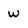
Character: w